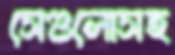
সেগুলোসহ